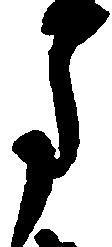
月